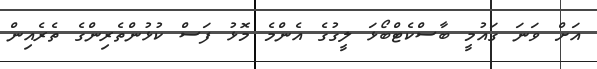
އަށް ވަނަ ގައުމީ ބާސްކެޓްބޯޅަ ލީގުގެ އެންމެ މޮޅު ފަސް ކުޅުންތެރިންގެ ތެރެއިން